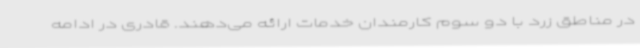
در مناطق زرد با دو سوم کارمندان خدمات ارائه می‌دهند. قادری در ادامه